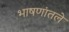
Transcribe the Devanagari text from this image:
भाषणांतले